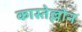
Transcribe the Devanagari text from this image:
कास्तेल्लोन